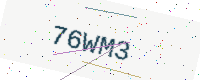
Text: 76WM3